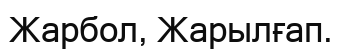
Жарбол, Жарылғап.